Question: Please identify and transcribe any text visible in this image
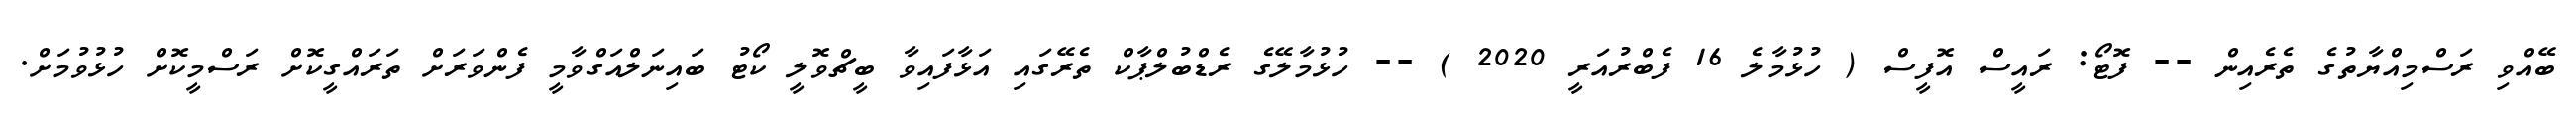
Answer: ބޭއްވި ރަސްމިއްޔާތުގެ ތެރެއިން -- ފޮޓޯ: ރައީސް އޮފީސް ( ހުޅުމާލެ 16 ފެބްރުއަރީ 2020 ) -- ހުޅުމާލޭގެ ރެޑްބުލްޕާކް ތެރޭގައި އަޅާފައިވާ ބީޗްވޮލީ ކޯޓު ބައިނަލްއަގްވާމީ ފެންވަރަށް ތަރައްގީކޮށް ރަސްމީކޮށް ހުޅުވުމަށް.